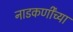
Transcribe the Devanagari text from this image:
नाडकर्णींच्या